Report on horse surra - Volume I
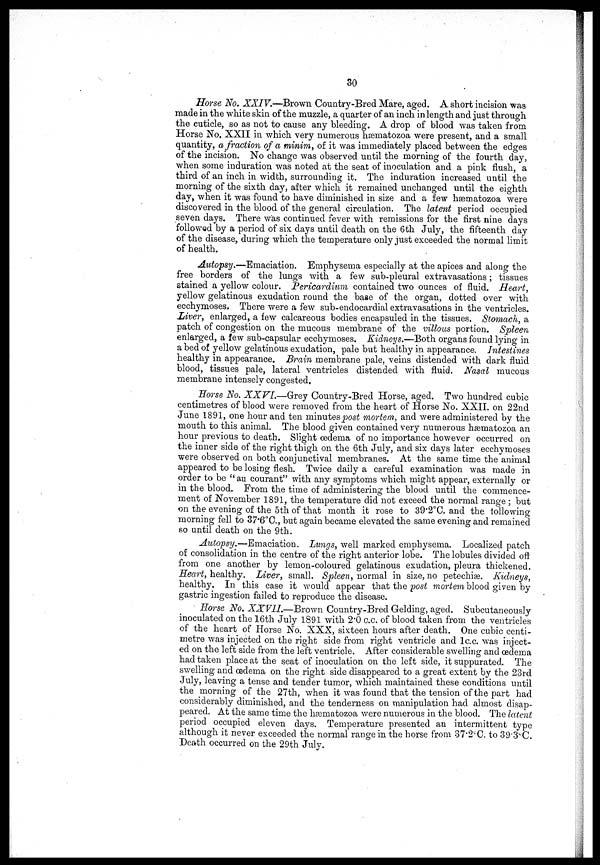
30
Horse No. XXIV.—Brown Country-Bred Mare, aged. A short incision was
made in the white skin of the muzzle, a quarter of an inch in length and just through
the cuticle, so as not to cause any bleeding. A drop of blood was taken from
Horse No. XXII in which very numerous hæmatozoa were present, and a small
quantity, a fraction of a minim, of it was immediately placed between the edges
of the incision. No change was observed until the morning of the fourth day,
when some induration was noted at the seat of inoculation and a pink flush, a
third of an inch in width, surrounding it. The induration increased until the
morning of the sixth day, after which it remained unchanged until the eighth
day, when it was found to have diminished in size and a few hæmatozoa were
discovered in the blood of the general circulation. The latent period occupied
seven days. There was continued fever with remissions for the first nine days
followed by a period of six days until death on the 6th July, the fifteenth day
of the disease, during which the temperature only just exceeded the normal limit
of health.
Autopsy.—Emaciation. Emphysema especially at the apices and along the
free borders of the lungs with a few sub-pleural extravasations ; tissues
stained a yellow colour. Pericardium contained two ounces of fluid. Heart,
yellow gelatinous exudation round the base of the organ, dotted over with
ecchymoses. There were a few sub-endocardial extravasations in the ventricles.
Liver, enlarged, a few calcareous bodies encapsuled in the tissues. Stomach, a
patch of congestion on the mucous membrane of the villous portion. Spleen
enlarged, a few sub-capsular ecchymoses. Kidneys.—Both organs found lying in
a bed of yellow gelatinous exudation, pale but healthy in appearance. Intestines
healthy in appearance. Brain membrane pale, veins distended with dark fluid
blood, tissues pale, lateral ventricles distended with fluid. Nasal mucous
membrane intensely congested.
Horse No. XXVI.—Grey Country-Bred Horse, aged. Two hundred cubic
centimetres of blood were removed from the heart of Horse No. XXII. on 22nd
June 1891, one hour and ten minutes post mortem, and were administered by the
mouth to this animal. The blood given contained very numerous hæmatozoa an
hour previous to death. Slight oedema of no importance however occurred on
the inner side of the right thigh on the 6th July, and six days later ecchymoses
were observed on both conjunctival membranes. At the same time the animal
appeared to be losing flesh. Twice daily a careful examination was made in
order to be " au courant" with any symptoms which might appear, externally or
in the blood. From the time of administering the blood until the commence-
ment of November 1891, the temperature did not exceed the normal range ; but
on the evening of the 5th of that month it rose to 39.2°C. and the following
morning fell to 37.6°C., but again became elevated the same evening and remained
so until death on the 9th.
Autopsy.—Emaciation.
Lungs, well marked emphysema. Localized patch
of consolidation in the centre of the right anterior lobe. The lobules divided off
from one another by lemon-coloured gelatinous exudation, pleura thickened.
Heart, healthy. Liver, small. Spleen, normal in size, no petechiæ. Kidneys,
healthy. In this case it would appear that the post mortem blood given by
gastric ingestion failed to reproduce the disease.
Horse No. XXVII.—Brown Country-Bred Gelding, aged. Subcutaneously
inoculated on the 16th July 1891 with 2.0 c.c. of blood taken from the ventricles
of the heart of Horse No. XXX, sixteen hours after death. One cubic centi-
metre was injected on the right side from right ventricle and 1c.c. was inject-
ed on the left side from the left ventricle. After considerable swelling and œdema
had taken place at the seat of inoculation on the left side, it suppurated. The
swelling and oedema on the right side disappeared to a great extent by the 23rd
July, leaving a tense and tender tumor, which maintained these conditions until
the morning of the 27th, when it was found that the tension of the part had
considerably diminished, and the tenderness on manipulation had almost disap-
peared. At the same time the hæmatozoa were numerous in the blood. The latent
period occupied eleven days. Temperature presented an intermittent type
although it never exceeded the normal range in the horse from 37.2°C. to 39.3°C.
Death occurred on the 29 th July.